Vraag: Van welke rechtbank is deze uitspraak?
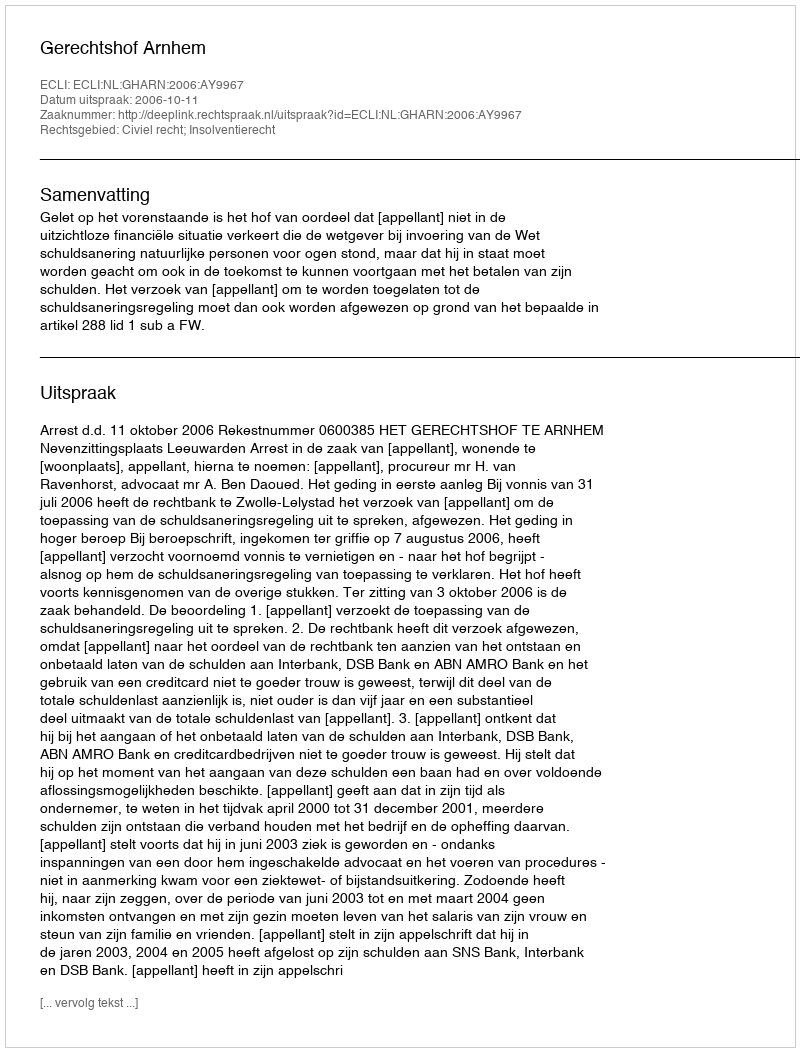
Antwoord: Gerechtshof Arnhem